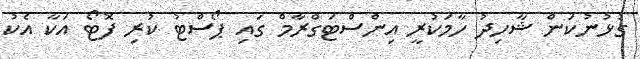
ގުޅުނުކަން ޝާހިދު ހާމަކުރީ އިންސްޓަގްރާމް ގައި ޕޯސްޓު ކުރި ފޮޓޯ އަކާ އެކު